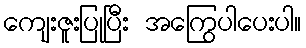
ကျေးဇူးပြုပြီး အကြွေပါပေးပါ။